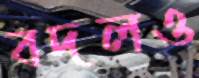
বদলও